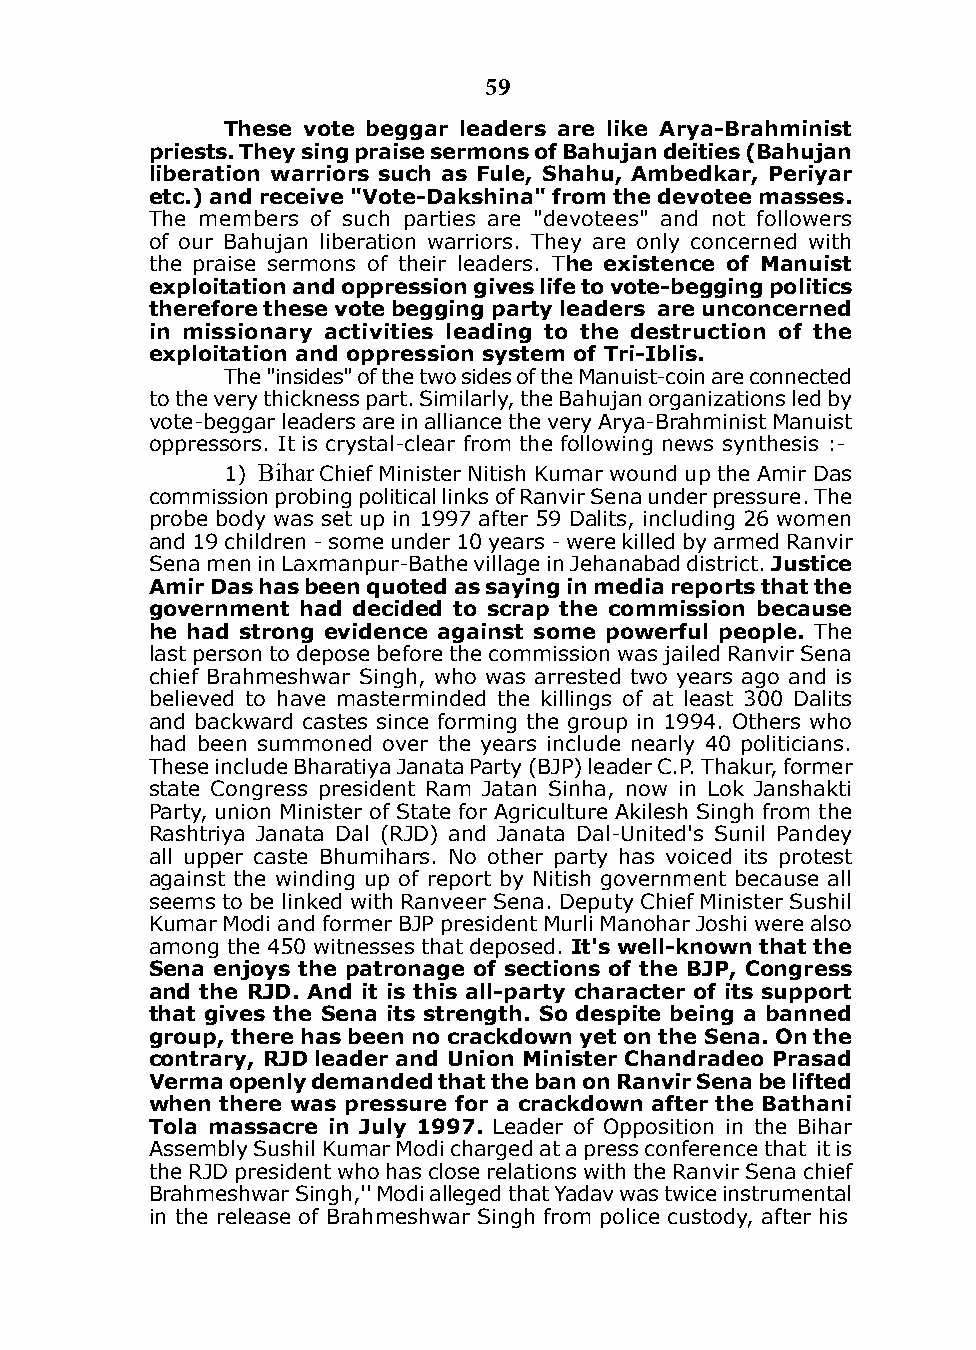
59
 These vote beggar leaders are like Arya-Brahminist
 priests. They sing praise sermons of Bahujan deities (Bahujan
 liberation warriors such as Fule, shahu, Ambedkar, Periyar
 etc.) and receive "Vote-dakshina" from the devotee masses.
 The members of such parties are "devotees" and not followers
 of our Bahujan liberation warriors. They are only concerned with
 the praise sermons of their leaders. The existence of manuist
 exploitation and oppression gives life to vote-begging politics
 therefore these vote begging party leaders are unconcerned
 in missionary activities leading to the destruction of the
 exploitation and oppression system of Tri-Iblis.
 The "insides" of the two sides of the Manuist-coin are connected
 to the very thickness part. Similarly, the Bahujan organizations led by
 vote-beggar leaders are in alliance the very Arya-Brahminist Manuist
 oppressors. it is crystal-clear from the following news synthesis :-
 1) Bihar Chief Minister Nitish kumar wound up the Amir das
 commission probing political links of Ranvir Sena under pressure. The
 probe body was set up in 1997 after 59 dalits, including 26 women
 and 19 children - some under 10 years - were killed by armed Ranvir
 Sena men in Laxmanpur-Bathe village in Jehanabad district. Justice
 Amir das has been quoted as saying in media reports that the
 government had decided to scrap the commission because
 he had strong evidence against some powerful people. The
 last person to depose before the commission was jailed Ranvir Sena
 chief Brahmeshwar Singh, who was arrested two years ago and is
 believed to have masterminded the killings of at least 300 dalits
 and backward castes since forming the group in 1994. Others who
 had been summoned over the years include nearly 40 politicians.
 These include Bharatiya Janata Party (BJP) leader C.P. Thakur, former
 state Congress president Ram Jatan Sinha, now in Lok Janshakti
 Party, union Minister of State for Agriculture Akilesh Singh from the
 Rashtriya Janata dal (RJd) and Janata dal-United's Sunil Pandey
 all upper caste Bhumihars. No other party has voiced its protest
 against the winding up of report by Nitish government because all
 seems to be linked with Ranveer Sena. deputy Chief Minister Sushil
 kumar Modi and former BJP president Murli Manohar Joshi were also
 among the 450 witnesses that deposed. It's well-known that the
 sena enjoys the patronage of sections of the BJP, congress
 and the RJd. And it is this all-party character of its support
 that gives the sena its strength. so despite being a banned
 group, there has been no crackdown yet on the sena. on the
 contrary, RJd leader and union minister chandradeo Prasad
 Verma openly demanded that the ban on Ranvir sena be lifted
 when there was pressure for a crackdown after the Bathani
 Tola massacre in July 1997. Leader of Opposition in the Bihar
 Assembly Sushil kumar Modi charged at a press conference that it is
 the RJd president who has close relations with the Ranvir Sena chief
 Brahmeshwar Singh,'' Modi alleged that Yadav was twice instrumental
 in the release of Brahmeshwar Singh from police custody, after his